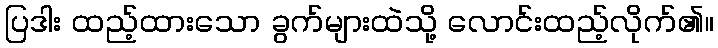
ပြဒါး ထည့်ထားသော ခွက်များထဲသို့ လောင်းထည့်လိုက်၏။